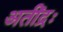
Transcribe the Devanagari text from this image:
अतींद्रः